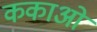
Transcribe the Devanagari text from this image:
ककाओं